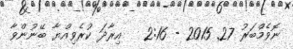
ނޮވެމްބަރު 27